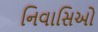
નિવાસિઓ